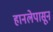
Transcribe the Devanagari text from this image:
हानलेपासून